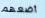
أضعهم